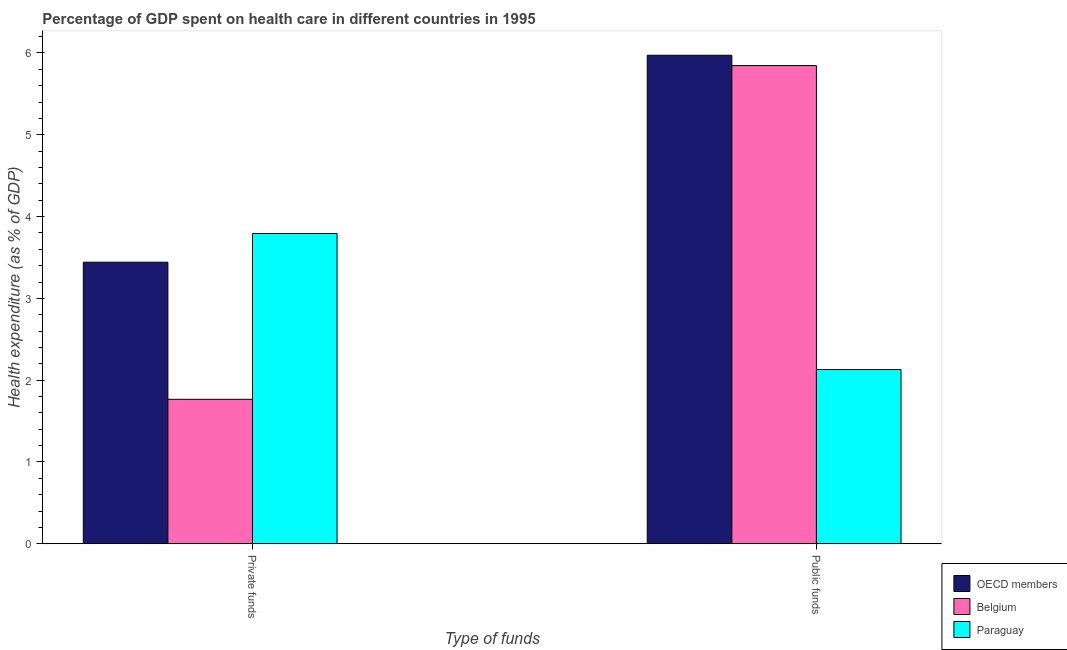
| Type of funds | OECD members | Belgium | Paraguay |
 | --- | --- | --- | --- |
 | Private funds | 3.44 | 1.77 | 3.79 |
 | Public funds | 5.97 | 5.85 | 2.13 |